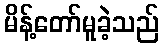
မိန့်တော်မူခဲ့သည်